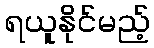
ရယူနိုင်မည့်